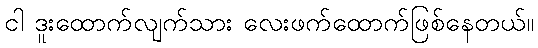
ငါ ဒူးထောက်လျက်သား လေးဖက်ထောက်ဖြစ်နေတယ်။